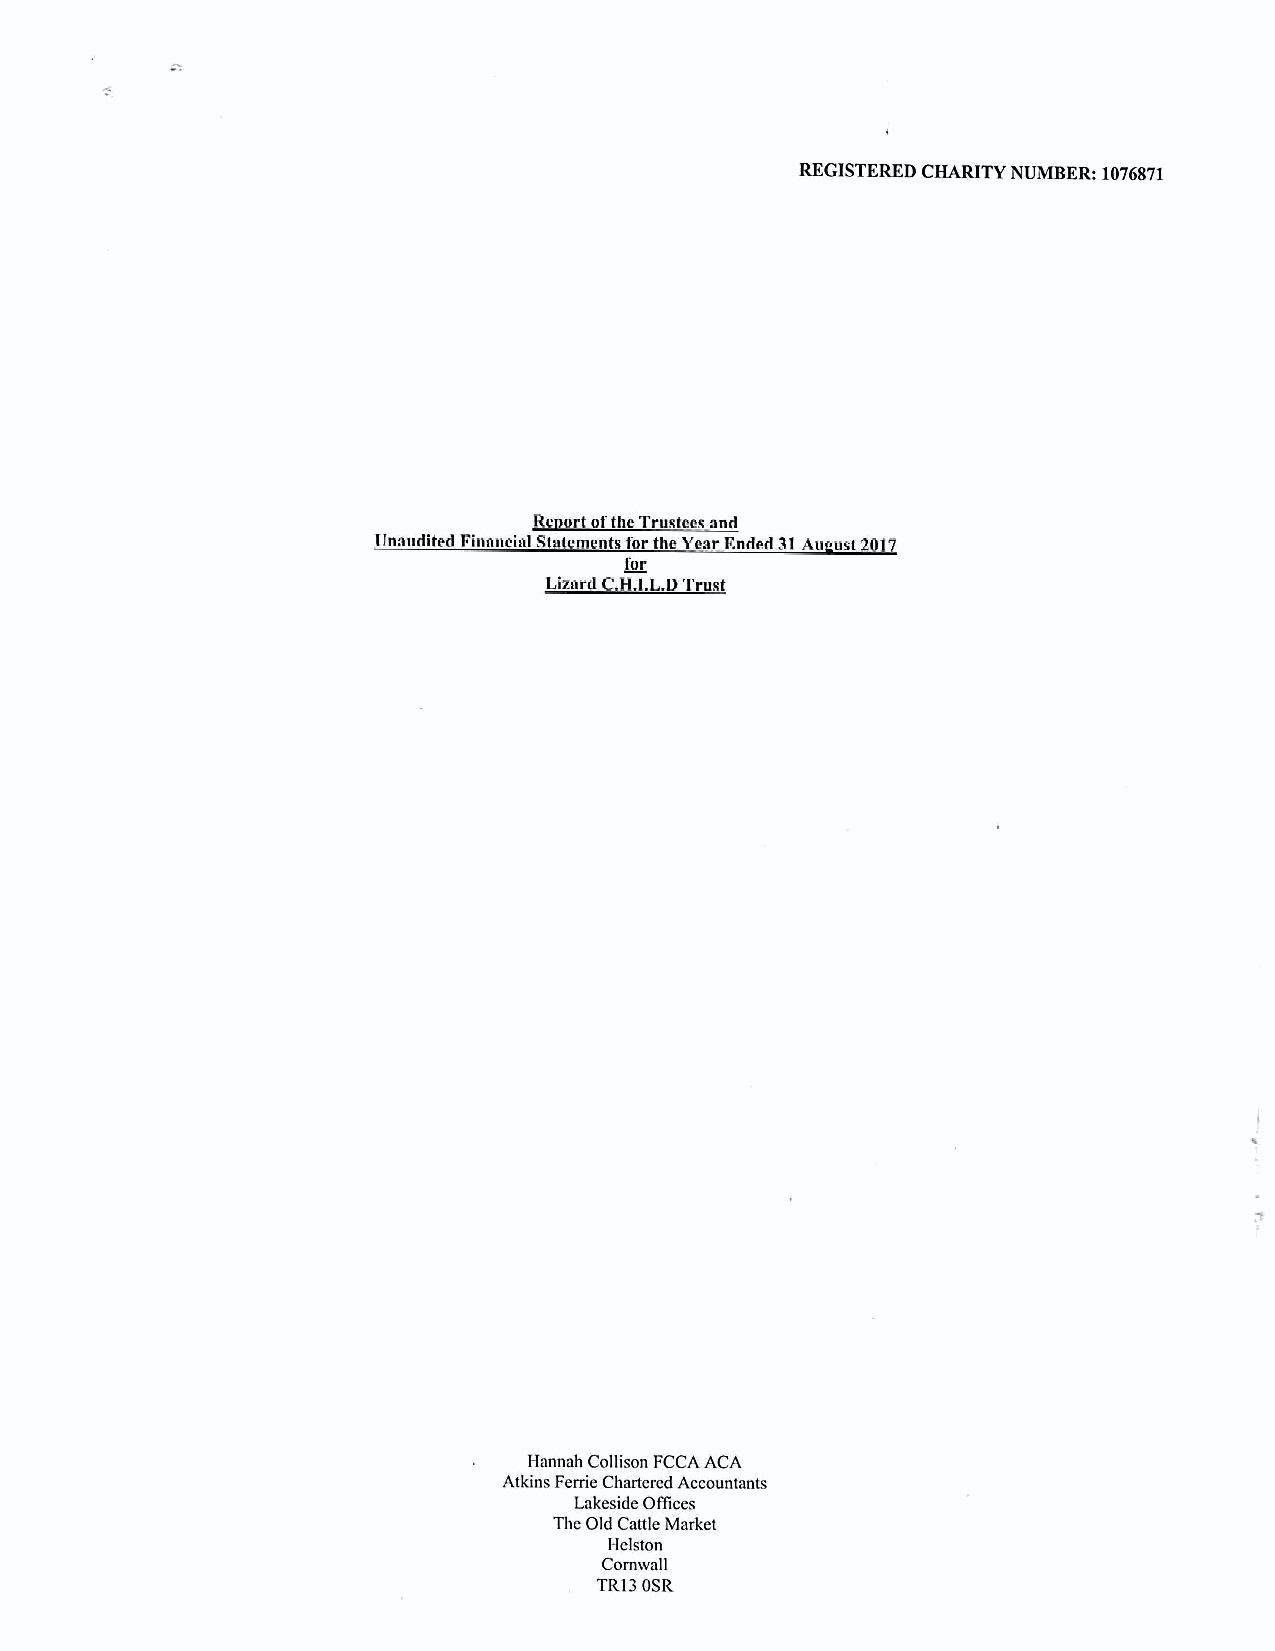
REGISTERED CHARITY NUMBER: 1076871
 Re ort ofthc Trustees and
 Unaudited Financial Statements for the Year Ended 31Au ust 2017
 for
 Limrd C.H.I.L.DTrust
 Hannah Colhson PCCA ACA
 Atkins Ferric Chactcrcd Accountants
 Lakeside OITices
 The Old Cattle Market
 Helston
 Ccmwstl
 TR13OSR